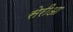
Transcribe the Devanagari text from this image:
सेरीआ